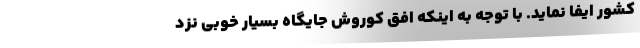
کشور ایفا نماید. با توجه به اینکه افق کوروش جایگاه بسیار خوبی نزد